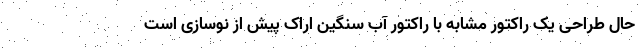
حال طراحی یک راکتور مشابه با راکتور آب سنگین اراک پیش از نوسازی است